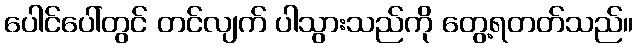
ပေါင်ပေါ်တွင် တင်လျက် ပါသွားသည်ကို တွေ့ရတတ်သည်။